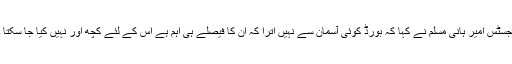
جسٹس امیر ہانی مسلم نے کہا کہ بورڈ کوئی آسمان سے نہیں اترا کہ ان کا فیصلے ہی اہم ہے اس کے لئے کچھ اور نہیں کیا جا سکتا ۔